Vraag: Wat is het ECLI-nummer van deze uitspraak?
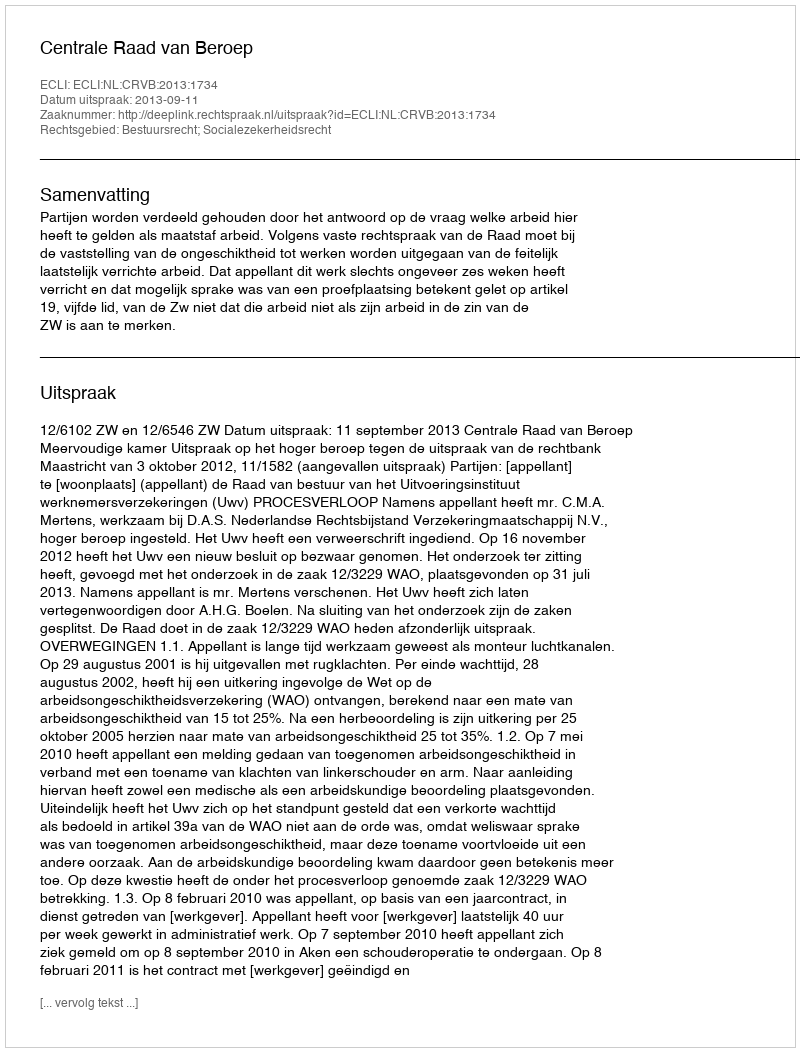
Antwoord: ECLI:NL:CRVB:2013:1734